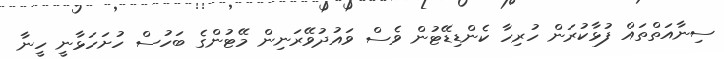
ސިނާއަތްތައް ފުޅާކުރަން ހުރިހާ ކެންޑިޑޭޓުން ވެސް ވައުދުވޭރަނިން މޭޓުންގެ ބަހުސް ހުށަހަޅާނީ ހީނާ